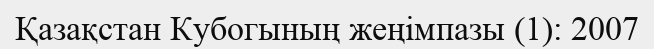
Қазақстан Кубогының жеңімпазы (1): 2007